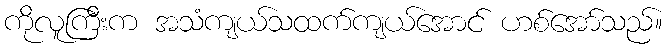
ကိုလူကြီးက အသံကျယ်သထက်ကျယ်အောင် ဟစ်အော်သည်။